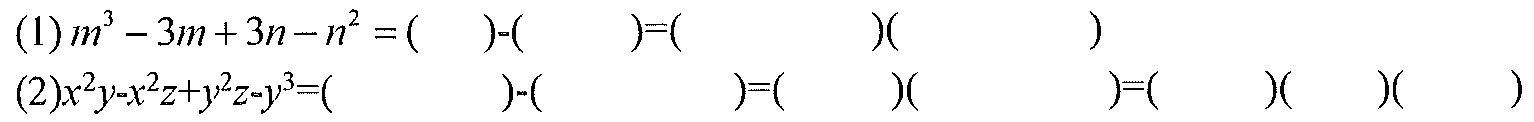
(1)\(m^{3}-3m + 3n - n^{2}=(\quad)-(\quad)=(\quad)(\quad)\)
(2)\(x^{2}y - x^{2}z + y^{2}z - y^{3}=(\quad)-(\quad)=(\quad)(\quad)=(\quad)(\quad)(\quad)\)